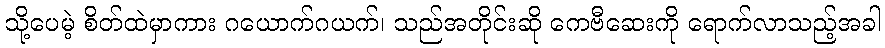
သို့ပေမဲ့ စိတ်ထဲမှာကား ဂယောက်ဂယက်၊ သည်အတိုင်းဆို ကေဗီဆေးကို ရောက်လာသည့်အခါ